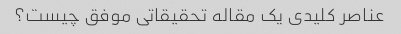
عناصر کلیدی یک مقاله تحقیقاتی موفق چیست؟